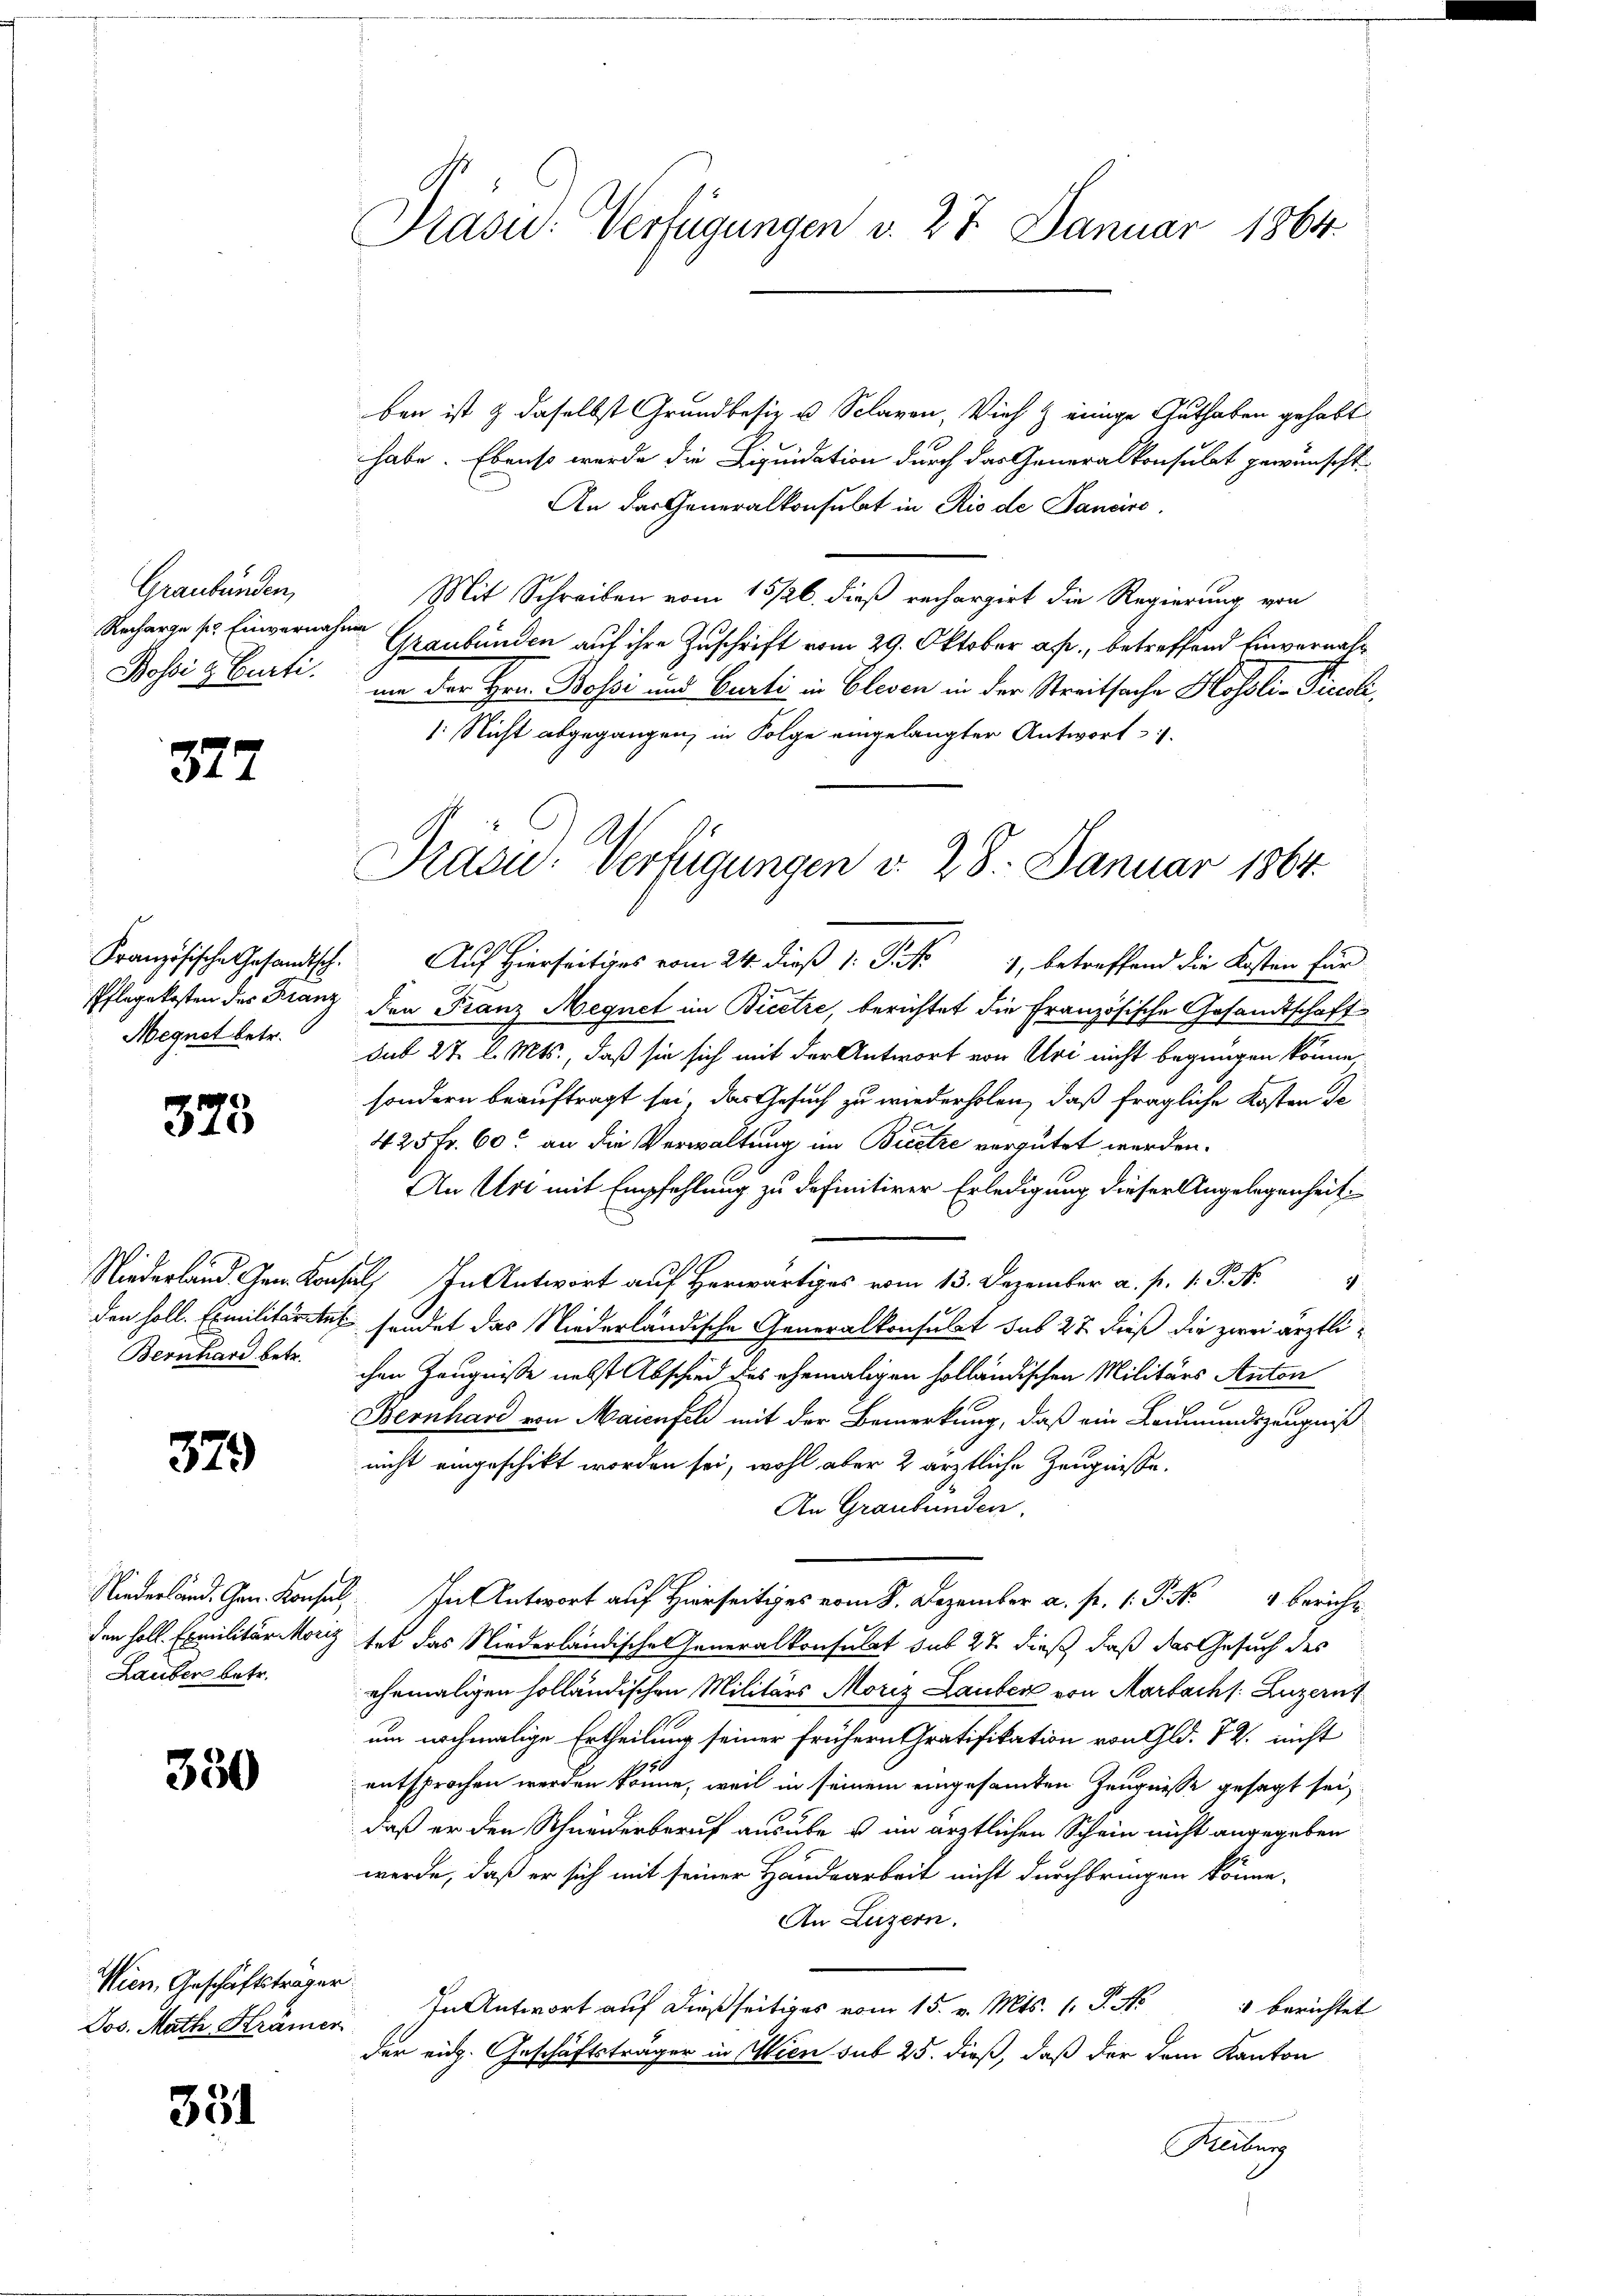
Graubünden,
Recharge pr Einvernahme

377

Megnet betr.

375

379

Lauben betr.

330

Wien, Geschäftsträger
Jos. Math. Krämer

331

Präsid. Verfügungen v. 27. Januar 1864.

ben ist & daselbst Grundbesiz u. Sclaven, Vieh & einige Guthaben gehabt
habe. Ebenso werde die Liquidation durch das Generalkonsulat gewünscht.
An das Generalkonsulat in Rio de Sancirs.
Mit Schreiben vom 15/26. dieß rechargirt die Regierung von
Graubünden auf ihre Zuschrift vom 29. Oktober a. p., betreffend Einvernah¬
Bossig Curti an der Hrn. Bossi und Curti in Elesen in der Streitsache Hofsli-Piceli,
Nicht abgegangen, in Folge eingelangter Antwort

Präsid. Verfügungen d. 28. Januar 1864.

Französische Gesandtsch. Auf Hierseitiges vom 24. dieß v. J. k. 1, betreffend die Kosten für
Pflegekosten des Franz den Franz Megnet im Biectre, berichtet die Französische Gesandtschaftsub 27 l. Mts., daß sie sich mit der Antwort von Uri nicht begnügen könne,
sondern beauftragt sei, das Gesuch zu wiederholen, daß fragliche Kosten de
425 Fr. 60. an die Verwaltung im Bicetze vergütet werden.
An Uri mit Empfehlung zu definitiver Erledigung dieser Angelegenheit
Niederland. G. Konsul  .. . . . . 4
den soll. Emilitärtet sendet das Niederländische Generalkonsulat sub 27 dieß die zwei ärztli¬
Bernhard betr. ihre Zeugniße nebst Abschied des ehemaligen holländischen Militärs Anton
Bernhard von Maienfeld mit der Bemerkung, daß ein Leumundszeugniß
nicht eingeschikt worden sei, wohl aber 2 ärztliche Zeugnisse.
An Graubünden.
f
Niederland. Gen. Konsul in Antwort auf Hirseitiges vom 8. Dezember a. pr. P. Nr. 4 bericht
den soll. Exmilitär Moriz hat das Niederländischen Generalkonsulat sub 27. dieß, daß das Gesuch des
ehemaligen holländischen Militärs Moriz Lauber von Rorbach s. Luzern
um nochmalige Ertheilung seiner frühern Gratifikation von Gld. 7 Z. nicht
entsprochen werden könne, weil in seinem eingesamten Zeugnisse gesagt sei,
daß er den Schneiderberuf ausübe u im ärztlichen Schein nicht angegeben
werde, daß er sich mit seiner Handearbeit nicht durchbringen könne,
An Luzern.
In Antwort auf dießseitiges vom 15. v. Mts. 1. P. Nr.
 berichtet
der eid. Geschäftsträger in Wien sub 25. dieß, daß der dem Kanton
Reiburg